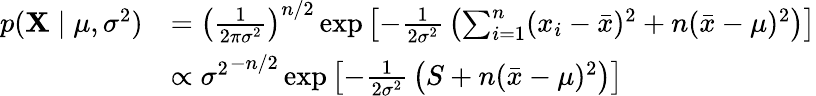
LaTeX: {\begin{array}{rl}{p(\mathbf{X}\mid\mu,\sigma^{2})}&{=\left({\frac{1}{2\pi\sigma^{2}}}\right)^{n/2}\exp\left[-{\frac{1}{2\sigma^{2}}}\left(\sum_{i=1}^{n}(x_{i}-{\bar{x}})^{2}+n({\bar{x}}-\mu)^{2}\right)\right]}\\ &{\propto{\sigma^{2}}^{-n/2}\exp\left[-{\frac{1}{2\sigma^{2}}}\left(S+n({\bar{x}}-\mu)^{2}\right)\right]}\end{array}}